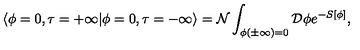
\langle \phi = 0 , \tau = + \infty | \phi = 0 , \tau = - \infty \rangle = { \cal N } \int _ { \phi ( \pm \infty ) = 0 } { \cal D } \phi e ^ { - S [ \phi ] } ,